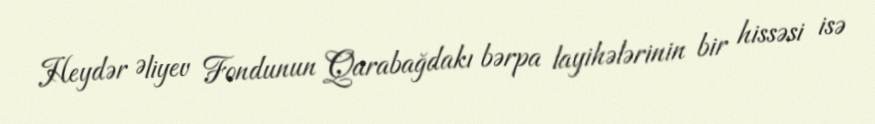
Heydər Əliyev Fondunun Qarabağdakı bərpa layihələrinin bir hissəsi isə